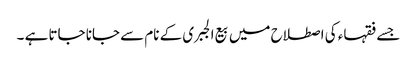
جسے فقہاء کی اصطلاح میں بیع الجبری کے نام سے جانا جاتا ہے ۔